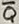
Text: Q